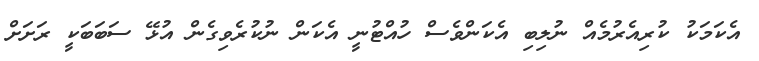
އެކަމަކު ކުރިއެރުމެއް ނުލިބި އެކަންވެސް ހުއްޓުނީ އެކަން ނުކުރެވިގެން އުޅޭ ސަބަބަކީ ރަށަށް